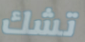
تشك